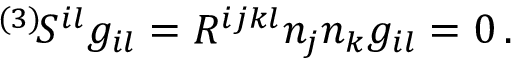
^ { ( 3 ) } \! { \cal S } ^ { i l } g _ { i l } = R ^ { i j k l } n _ { j } n _ { k } g _ { i l } = 0 \, .